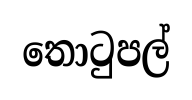
තොටුපල්